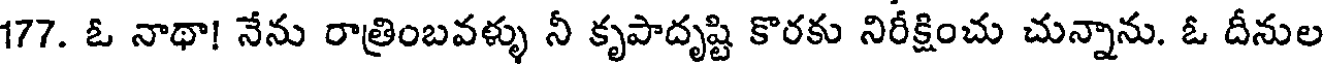
177. ఓ నాథా! నేను రాత్రింబవళ్ళు నీ కృపాదృష్టి కొరకు నిరీక్షించు చున్నాను. ఓ దీనుల